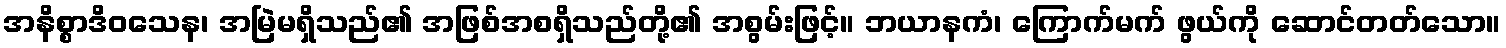
အနိစ္စာဒိဝသေန၊ အမြဲမရှိသည်၏ အဖြစ်အစရှိသည်တို့၏ အစွမ်းဖြင့်။ ဘယာနကံ၊ ကြောက်မက် ဖွယ်ကို ဆောင်တတ်သော။